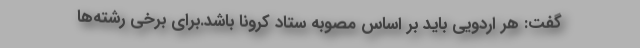
گفت: هر اردویی باید بر اساس مصوبه ستاد کرونا باشد.برای برخی رشته‌ها